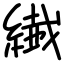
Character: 繊